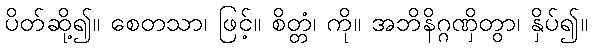
ပိတ်ဆို့၍။ စေတသာ၊ ဖြင့်။ စိတ္တံ၊ ကို။ အဘိနိဂ္ဂဏှိတွာ၊ နှိပ်၍။